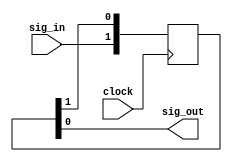
//
//  HPSDR - High Performance Software Defined Radio
//
//  Metis code. 
//
//  This program is free software; you can redistribute it and/or modify
//  it under the terms of the GNU General Public License as published by
//  the Free Software Foundation; either version 2 of the License, or
//  (at your option) any later version.
//
//  This program is distributed in the hope that it will be useful,
//  but WITHOUT ANY WARRANTY; without even the implied warranty of
//  MERCHANTABILITY or FITNESS FOR A PARTICULAR PURPOSE.  See the
//  GNU General Public License for more details.
//
//  You should have received a copy of the GNU General Public License
//  along with this program; if not, write to the Free Software
//  Foundation, Inc., 59 Temple Place, Suite 330, Boston, MA  02111-1307  USA


//  Metis code copyright 2010, 2011, 2012, 2013 Alex Shovkoplyas, VE3NEA.


//-----------------------------------------------------------------------------
// transfer signal to another clock domain
//-----------------------------------------------------------------------------
module sync (
  input clock,
  input sig_in,
  output sig_out
);


parameter DEPTH = 2;


(*preserve*) reg [DEPTH-1:0] sync_chain = {DEPTH{1'b0}};


always @(posedge clock)
  sync_chain <= {sig_in, sync_chain[DEPTH-1:1]};


assign sig_out = sync_chain[0];


endmodule